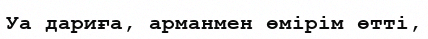
Уа дариға, арманмен өмірім өтті,